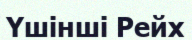
Үшінші Рейх